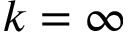
k = \infty